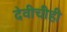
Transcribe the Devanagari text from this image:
देवीचीही